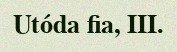
Utóda fia, III.